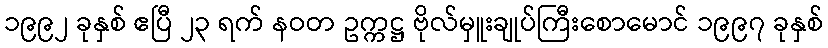
၁၉၉၂ ခုနှစ် ဧပြီ ၂၃ ရက် နဝတ ဥက္ကဋ္ဌ ဗိုလ်မှူးချုပ်ကြီးစောမောင် ၁၉၉၇ ခုနှစ်